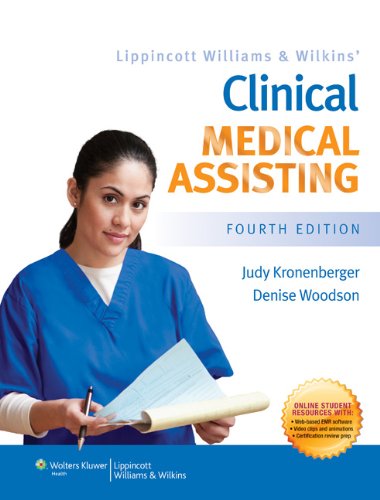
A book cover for Lippincott Williams & Wilkins' Clinical Medical Assisting; Judy Kronenberger RN  CMA; Medical Books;